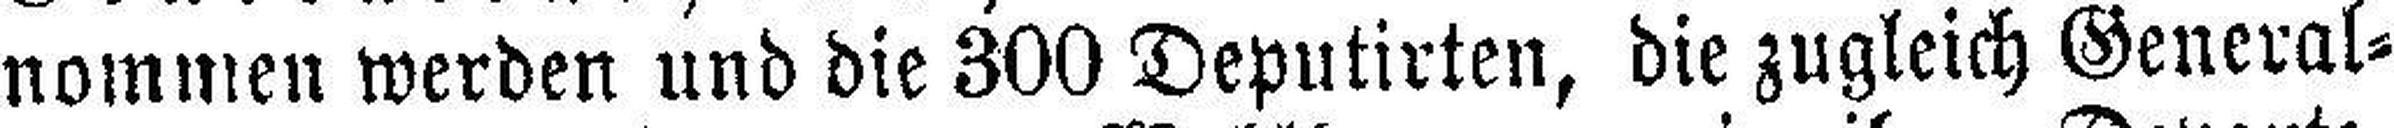
nommen werden und die 300 Deputirten, die zugleich General¬